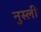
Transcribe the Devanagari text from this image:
नुस्ली